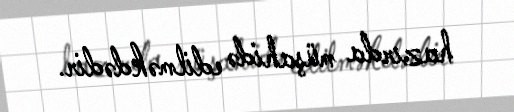
hazırda müşahidə edilməkdədir.